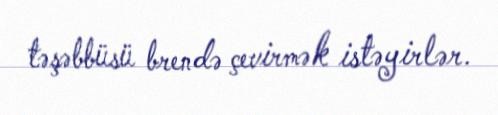
təşəbbüsü brendə çevirmək istəyirlər.